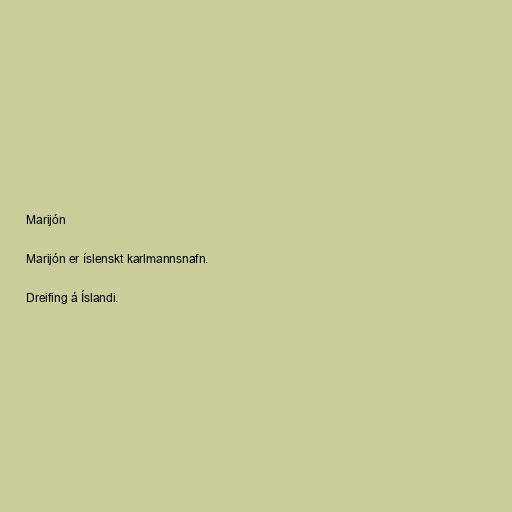
Marijón

Marijón er íslenskt karlmannsnafn.

Dreifing á Íslandi.